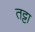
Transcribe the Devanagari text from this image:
तट्टा